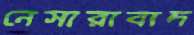
নেসারাবাদ